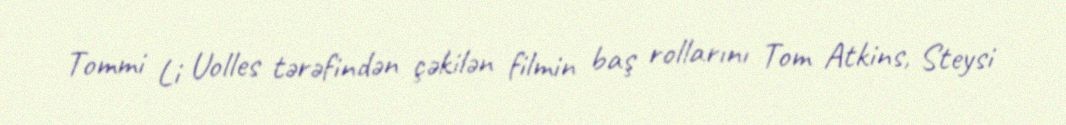
Tommi Li Uolles tərəfindən çəkilən filmin baş rollarını Tom Atkins, Steysi